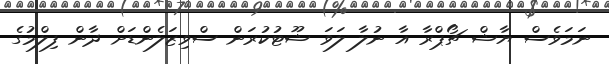
ނަމަވެސް ޔާޝް ޗޯޕްރާ އާ ނުލާ ލަވަ ޝޫޓުކުރަން ސްވިޒަލެންޑަށް ދާން ފިލްމުގެ